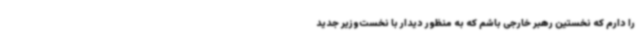
را دارم که نخستین رهبر خارجی باشم که به منظور دیدار با نخست‌وزیر جدید